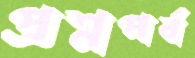
প্রশ্নপর্ব